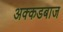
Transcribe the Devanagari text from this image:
अक्कडबाज